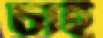
চাই